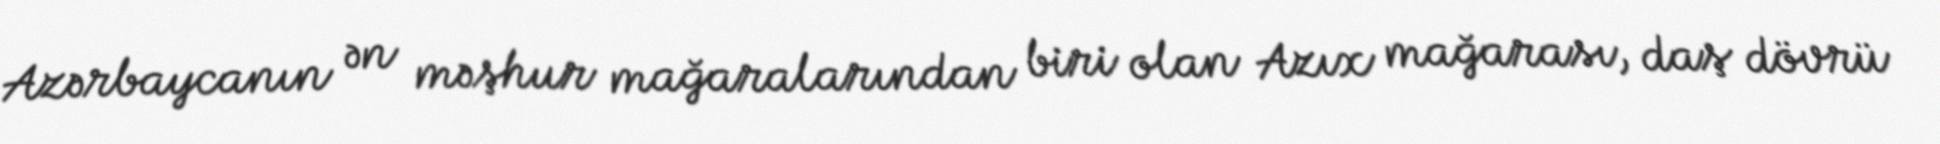
Azərbaycanın ən məşhur mağaralarından biri olan Azıx mağarası, daş dövrü